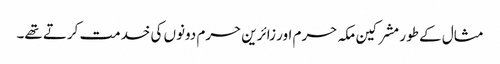
مثال کے طور مشرکین مکہ حرم اور زائرین حرم دونوں کی خدمت کرتے تھے۔